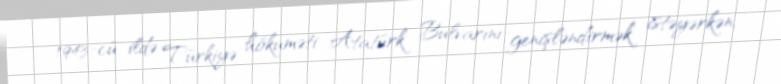
1943-cü ildə Türkiyə hökuməti Atatürk Bulvarını genişləndirmək istəyərkən,